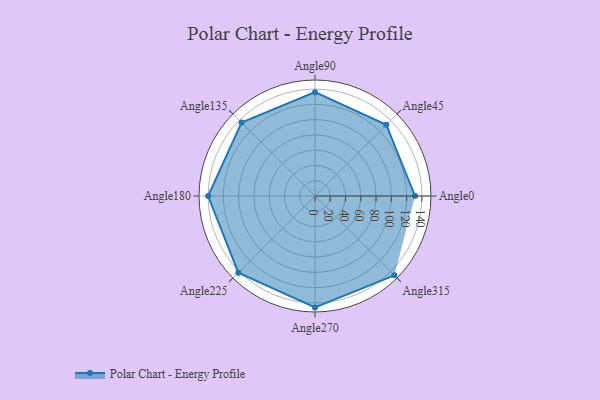
{"axis": {"x": "Angle", "y": "Radius"}, "legend": [""], "data": [{"x": "Angle0", "y": 131.0, "type": ""}, {"x": "Angle45", "y": 132.0, "type": ""}, {"x": "Angle90", "y": 136.0, "type": ""}, {"x": "Angle135", "y": 136.0, "type": ""}, {"x": "Angle180", "y": 140.0, "type": ""}, {"x": "Angle225", "y": 142.0, "type": ""}, {"x": "Angle270", "y": 146.0, "type": ""}, {"x": "Angle315", "y": 147.0, "type": ""}]}